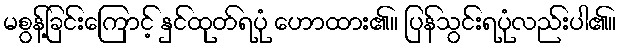
မစွန့်ခြင်းကြောင့် နှင်ထုတ်ရပုံ ဟောထား၏။ ပြန်သွင်းရပုံလည်းပါ၏။